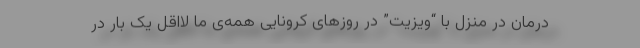
درمان در منزل با “ویزیت” در روزهای کرونایی همه‌ی ما لااقل یک بار در